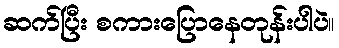
ဆက်ပြီး စကားပြောနေတုန်းပါပဲ။